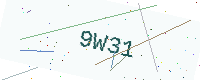
Text: 9W31